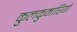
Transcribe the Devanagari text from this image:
कुलकुमारियों